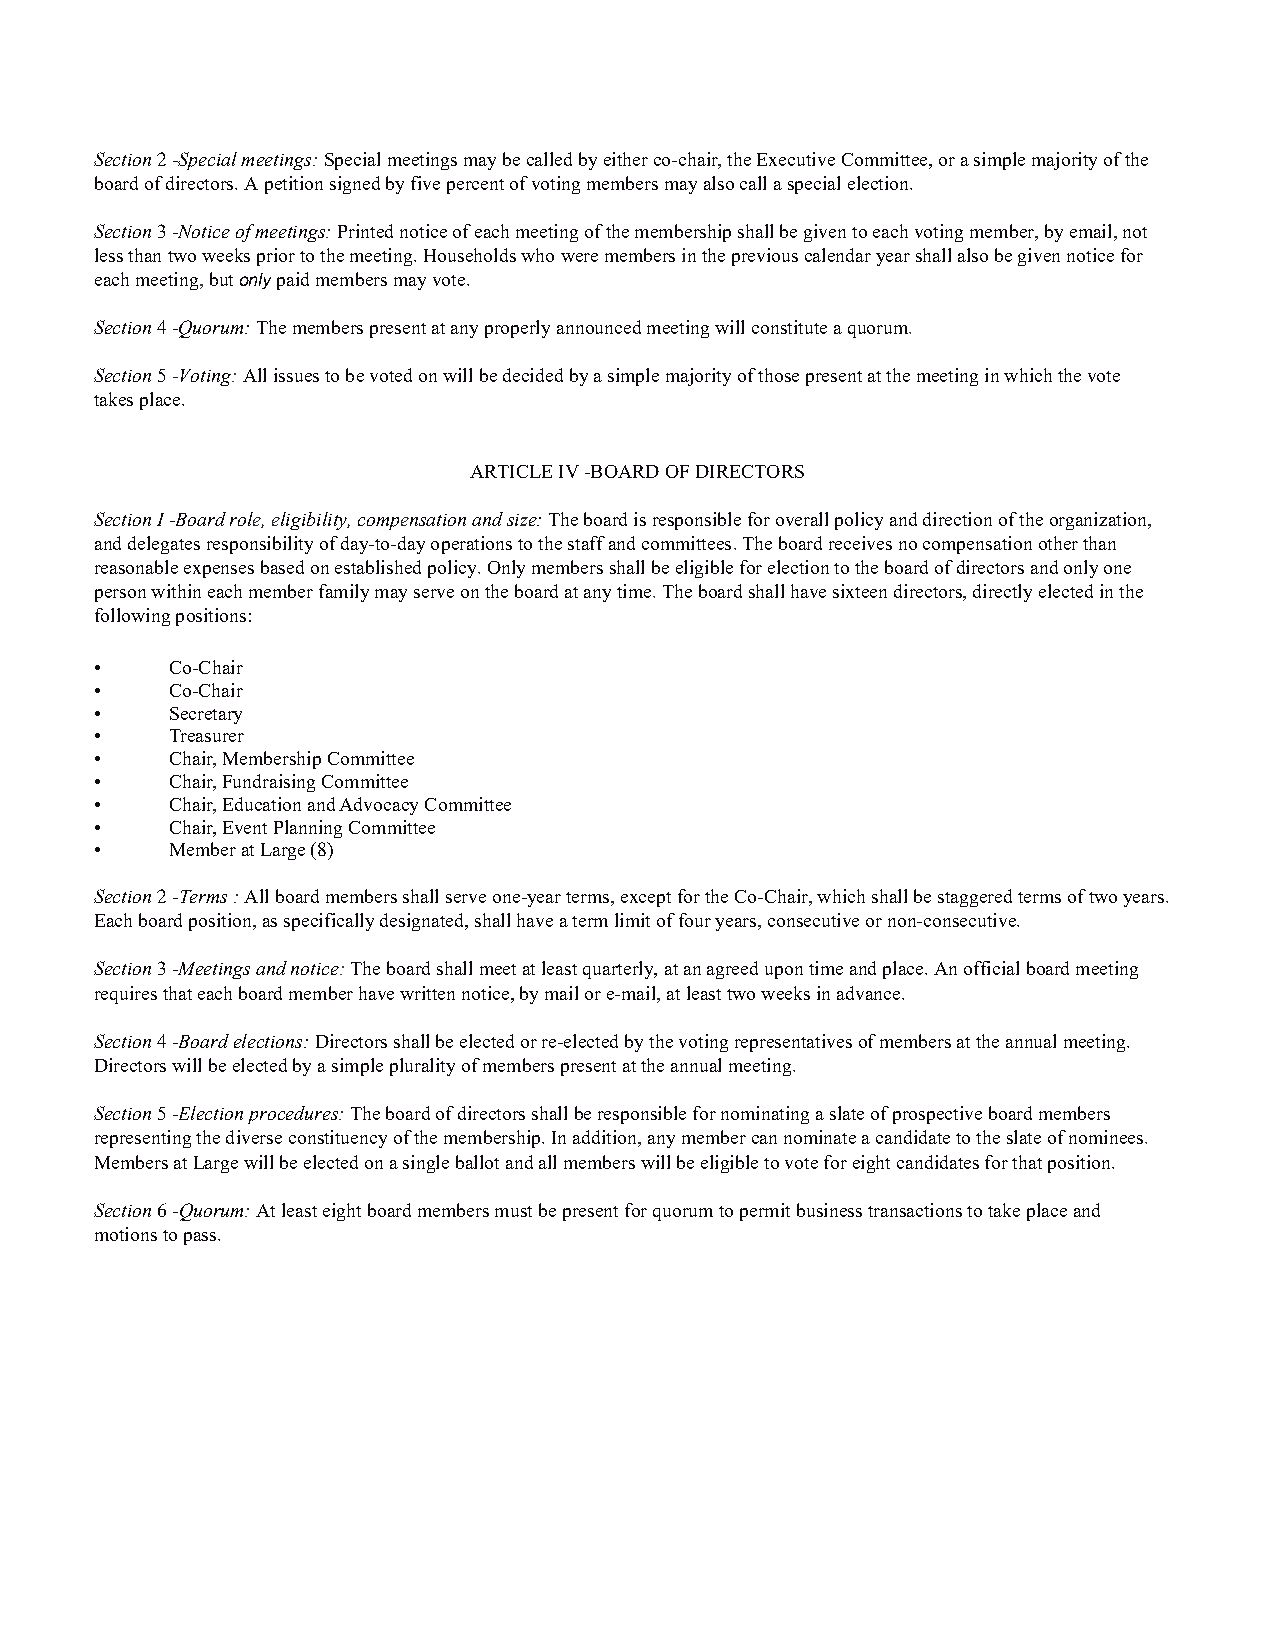
Section2-Specialmeetings:Specialmeetingsmaybecalledbyeitherco-chair,theExecutiveCommittee,orasimplemajorityofthe
 boardofdirectors.Apetitionsignedbyfivepercentofvotingmembersmayalsocallaspecialelection.
 Section3-Noticeofmeetings:Printednoticeofeachmeetingofthemembershipshallbegiventoeachvotingmember,byemail,not
 lessthantwoweekspriortothemeeting.Householdswhoweremembersinthepreviouscalendaryearshallalsobegivennoticefor
 eachmeeting,butonlypaidmembersmayvote.
 Section4-Quorum:Thememberspresentatanyproperlyannouncedmeetingwillconstituteaquorum.
 Section5-Voting:Allissuestobevotedonwillbedecidedbyasimplemajorityofthosepresentatthemeetinginwhichthevote
 takesplace.
 ARTICLEIV-BOARDOFDIRECTORS
 SectionI-Boardrole,eligibility,compensationandsize:Theboardisresponsibleforoverallpolicyanddirectionoftheorganization,
 anddelegatesresponsibilityofday-to-dayoperationstothestaffandcommittees.Theboardreceivesnocompensationotherthan
 reasonableexpensesbasedonestablishedpolicy.Onlymembersshallbeeligibleforelectiontotheboardofdirectorsandonlyone
 personwithineachmemberfamilymayserveontheboardatanytime.Theboardshallhavesixteendirectors,directlyelectedinthe
 followingpositions:
 •    Co-Chair
 •    Co-Chair
 •    Secretary
 •    Treasurer
 •    Chair,MembershipCommittee
 •    Chair,FundraisingCommittee
 •    Chair,EducationandAdvocacyCommittee
 •    Chair,EventPlanningCommittee
 •    MemberatLarge(8)
 Section2-Terms:Allboardmembersshallserveone-yearterms,exceptfortheCo-Chair,whichshallbestaggeredtermsoftwoyears.
 Eachboardposition,asspecificallydesignated,shallhaveatermlimitoffouryears,consecutiveornon-consecutive.
 Section3-Meetingsandnotice:Theboardshallmeetatleastquarterly,atanagreedupontimeandplace.Anofficialboardmeeting
 requiresthateachboardmemberhavewrittennotice,bymailore-mail,atleasttwoweeksinadvance.
 Section4-Boardelections:Directorsshallbeelectedorre-electedbythevotingrepresentativesofmembersattheannualmeeting.
 Directorswillbeelectedbyasimplepluralityofmemberspresentattheannualmeeting.
 Section5-Electionprocedures:Theboardofdirectorsshallberesponsiblefornominatingaslateofprospectiveboardmembers
 representingthediverseconstituencyofthemembership.Inaddition,anymembercannominateacandidatetotheslateofnominees.
 MembersatLargewillbeelectedonasingleballotandallmemberswillbeeligibletovoteforeightcandidatesforthatposition.
 Section6-Quorum:Atleasteightboardmembersmustbepresentforquorumtopermitbusinesstransactionstotakeplaceand
 motionstopass.